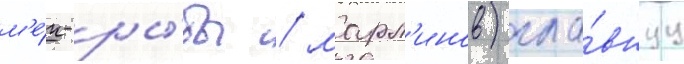
м'е́ч-ры́бы / марл'инов) гла́внуу